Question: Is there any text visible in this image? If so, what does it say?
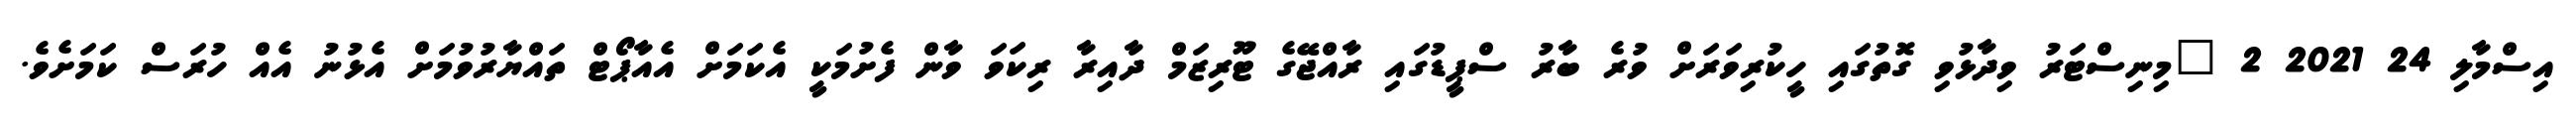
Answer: އިސްމާލި 24 2021 2 "މިނިސްޓަރު ވިދާޅުވި ގޮތުގައި ހީކުރިވަރަށް ވުރެ ބާރު ސްޕީޑުގައި ރާއްޖޭގެ ޓޫރިޒަމް ދާއިރާ ރިކަވަ ވާން ފެށުމަކީ އެކަމަށް އެއާޕޯޓް ތައްޔާރުވުމަށް އެޅުނު އެއް ހުރަސް ކަމަށެވެ.